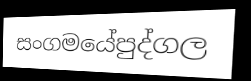
සංගමයේපුද්ගල